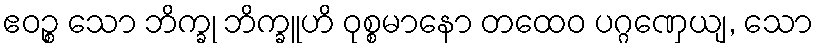
ဧဝဉ္စ သော ဘိက္ခု ဘိက္ခူဟိ ဝုစ္စမာနော တထေဝ ပဂ္ဂဏှေယျ, သော